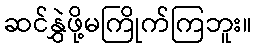
ဆင်နွှဲဖို့မကြိုက်ကြဘူး။